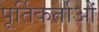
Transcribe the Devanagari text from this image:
पूर्तिकर्ताओं